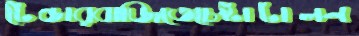
টেন্ডারবাজিতেচেষ্টাটালন